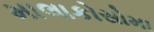
માલાકોસોમા